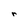
Character: r